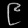
Digit: ၉